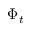
\Phi _ { t }